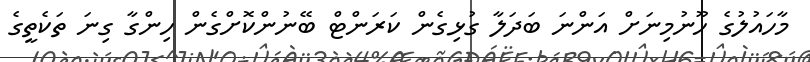
މާހައުލުގެ ހޫނުމިނަށް އަންނަ ބަދަލާ ގުޅިގެން ކަރަންޓް ބޭނުންކޮށްގެން ހިންގާ ގިނަ ތަކެތީގެ